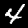
Digit: 4